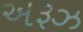
અરૂઝ